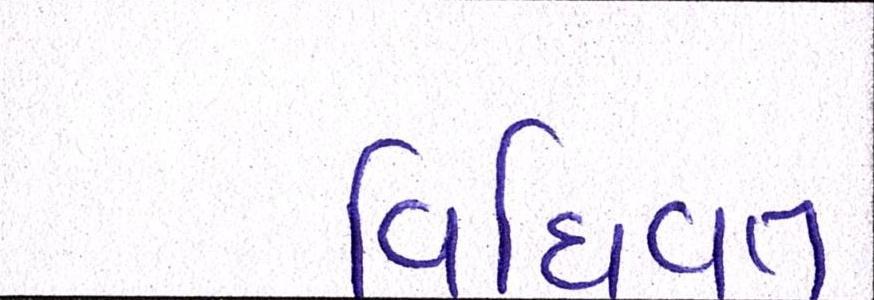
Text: વિધિવત